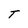
Character: T